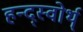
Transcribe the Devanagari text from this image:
हन्द्स्वोर्थ्